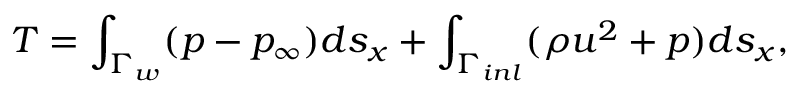
T = \int _ { \Gamma _ { w } } ( p - p _ { \infty } ) d s _ { x } + \int _ { \Gamma _ { i n l } } ( \rho u ^ { 2 } + p ) d s _ { x } ,